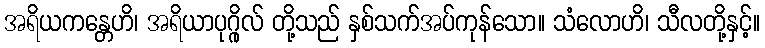
အရိယကန္တေဟိ၊ အရိယာပုဂ္ဂိုလ် တို့သည် နှစ်သက်အပ်ကုန်သော။ သံလောဟိ၊ သီလတို့နှင့်။